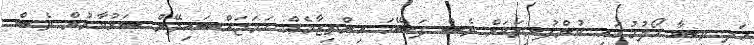
އަދި ވިސާ ހޯދުމުގައި ކުންފުނިތަކަށް ވެސް ފަސޭހަ އިންތިޒާމެއް ހަަމަޖައްސައިދޭން ސަރުކާރުން ވެސް